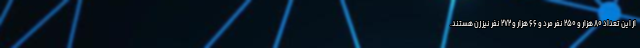
از این تعداد ۸۰ هزار و ۲۵۰ نفر مرد و ۶۶ هزار و ۲۷۲ نفر نیز زن هستند.